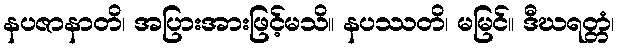
နပဇာနာတိ၊ အပြားအားဖြင့်မသိ။ နပဿတိ၊ မမြင်။ ဒီဃရတ္တံ၊